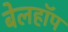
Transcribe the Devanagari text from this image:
बेलहॉप